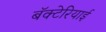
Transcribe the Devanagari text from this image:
बॅक्टेरियाई